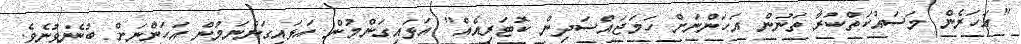
"އަހަރެން މަސައްކަތްކުރާ ތަނުން އަހަންނަށް ހަމަޖައްސަދިން ކޮޓަރިއެއް" އަޅައިގަންމުން އަޅައިގަންނަމުން އަހަންނަށް ބުނެވުނެވެ.